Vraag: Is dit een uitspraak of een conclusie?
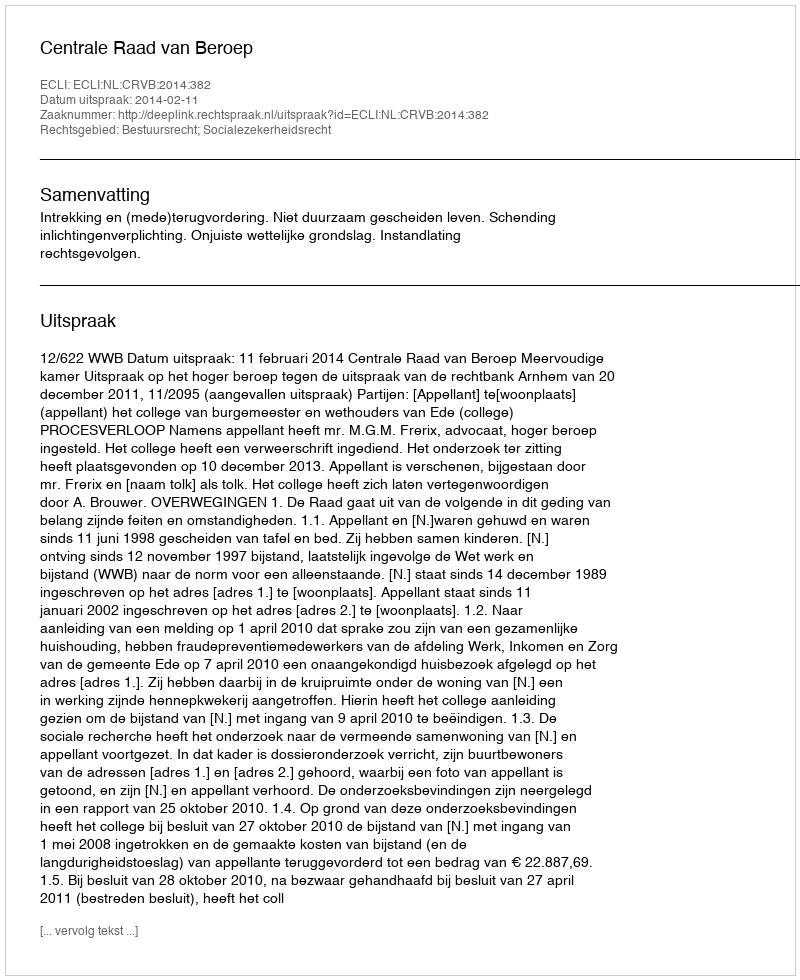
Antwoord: Uitspraak